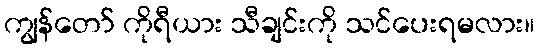
ကျွန်တော် ကိုရီယား သီချင်းကို သင်ပေးရမလား။